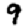
Digit: 9